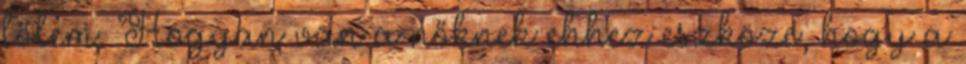
tőlem. Hogyan van a nőknek ehhez eszköze, hogy a